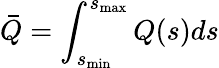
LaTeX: \bar{Q}=\int_{s_{\operatorname*{min}}}^{s_{\operatorname*{max}}}Q(s)ds